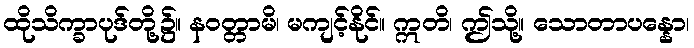
ထိုသိက္ခာပုဒ်တို့၌။ နဝတ္တာမိ၊ မကျင့်နိုင်။ ဣတိ၊ ဤသို့။ သောတာပန္နော၊